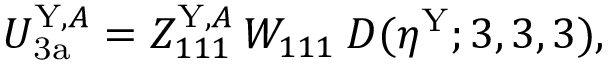
U _ { \mathrm { 3 a } } ^ { \mathrm { Y } , A } = Z _ { 1 1 1 } ^ { \mathrm { Y } , A } \, W _ { 1 1 1 } \: D ( \eta ^ { \mathrm { Y } } ; 3 , 3 , 3 ) ,